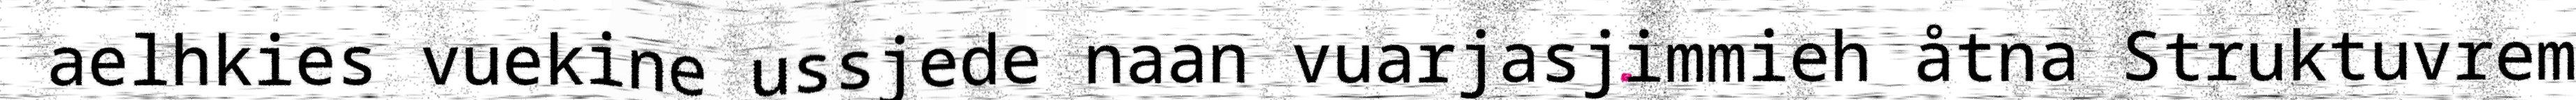
aelhkies vuekine ussjede naan vuarjasjimmieh åtna Struktuvrem